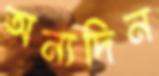
অন্যদিন